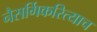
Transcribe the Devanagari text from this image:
नैसर्गिकरित्याच